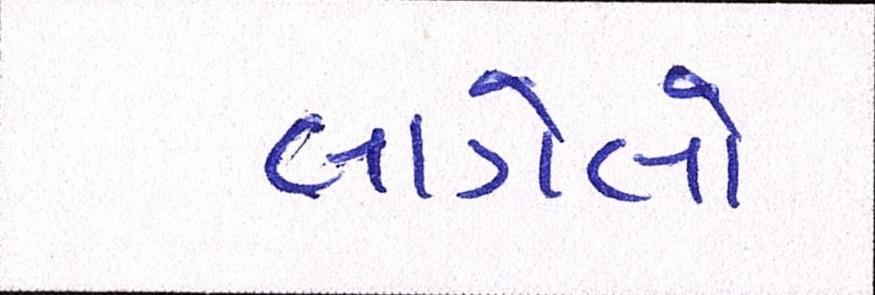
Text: લાગેલો